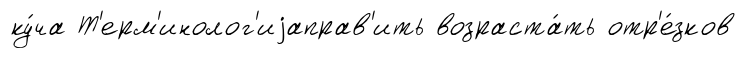
ку́ча Т'ерм'инолог'иjаправ'ить возраста́ть отр'е́зков